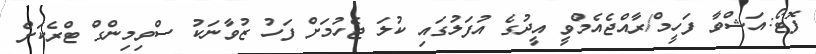
ފޮޓޯ:އަޝްވާ ފަހީމް/ރާއްޖެއެމްވީ އީދުގެ އުފަލުގައި ކުލަ ޖެހުމަށް ފަހު ޒުވާނަކު ސްވިމިންގް ޓްރެކަށް